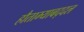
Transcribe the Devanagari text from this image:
हौताम्याबद्दल